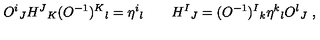
O ^ { i } { } _ { J } H ^ { J } { } _ { K } ( O ^ { - 1 } ) ^ { K } { } _ { l } = \eta ^ { i } { } _ { l } \qquad H ^ { I } { } _ { J } = ( O ^ { - 1 } ) ^ { I } { } _ { k } \eta ^ { k } { } _ { l } O ^ { l } { } _ { J } \ ,